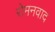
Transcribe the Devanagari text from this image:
रोमनवाद